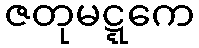
ဇတုမဋ္ဋကေ